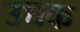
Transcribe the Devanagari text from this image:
उच्चक